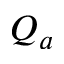
Q _ { a }